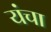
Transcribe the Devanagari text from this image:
यंचा